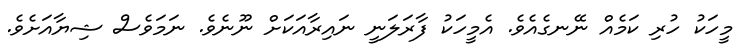
މީހަކު ހުރި ކަމެއް ނޭނގެއެވެ. އެމީހަކު ފާރަލަނީ ނައިރާއަކަށް ނޫނެވެ. ނަމަވެސް ޝިޔާއަށެވެ.